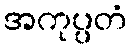
အကုပ္ပတံ